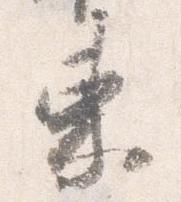
束